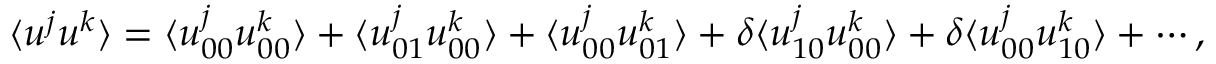
\langle { u ^ { j } u ^ { k } } \rangle = \langle { u _ { 0 0 } ^ { j } u _ { 0 0 } ^ { k } } \rangle + \langle { u _ { 0 1 } ^ { j } u _ { 0 0 } ^ { k } } \rangle + \langle { u _ { 0 0 } ^ { j } u _ { 0 1 } ^ { k } } \rangle + \delta \langle { u _ { 1 0 } ^ { j } u _ { 0 0 } ^ { k } } \rangle + \delta \langle { u _ { 0 0 } ^ { j } u _ { 1 0 } ^ { k } } \rangle + \cdots ,